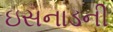
ઇસનાડની